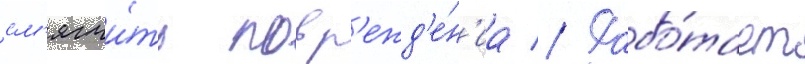
см'ягчи́ть повр'ежд'е́н'иа // Рабо́тает